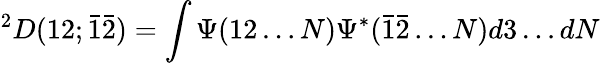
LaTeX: ^{2}D(12;{\bar{1}}{\bar{2}})=\int{\Psi(12\ldots N)\Psi^{*}({\bar{1}}{\bar{2}}\ldots N)d3\ldots dN}